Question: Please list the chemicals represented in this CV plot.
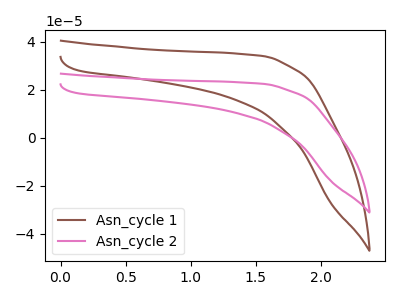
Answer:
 <answer>The brown curve is labeled "Asn_cycle 1". The pink curve is labeled "Asn_cycle 2".</answer>
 <eval></eval>